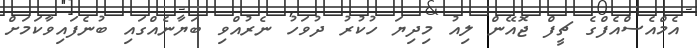
އެމްއެސްއެފްގެ ޗީފް ޖޮއޭން ލިއު މިދިޔަ ހުކުރު ދުވަހު ނެރުއްވި ބަޔާނެއްގައި ބުނެފައިވާކަމަށް